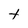
Character: t